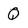
Character: Q